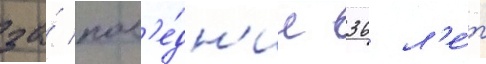
за́ посл'е́дн'ие 36 л'е́т